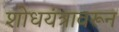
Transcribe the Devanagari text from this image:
शोधयंत्रावरून